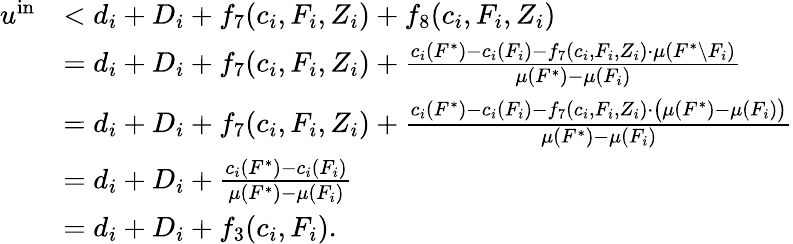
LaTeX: \begin{array}{rl}{u^{\mathrm{in}}}&{<d_{i}+D_{i}+f_{7}(c_{i},F_{i},Z_{i})+f_{8}(c_{i},F_{i},Z_{i})}\\ {}&{=d_{i}+D_{i}+f_{7}(c_{i},F_{i},Z_{i})+\frac{c_{i}(F^{*})-c_{i}(F_{i})-f_{7}(c_{i},F_{i},Z_{i})\cdot\mu(F^{*}\setminus F_{i})}{\mu(F^{*})-\mu(F_{i})}}\\ {}&{=d_{i}+D_{i}+f_{7}(c_{i},F_{i},Z_{i})+\frac{c_{i}(F^{*})-c_{i}(F_{i})-f_{7}(c_{i},F_{i},Z_{i})\cdot\big(\mu(F^{*})-\mu(F_{i})\big)}{\mu(F^{*})-\mu(F_{i})}}\\ {}&{=d_{i}+D_{i}+\frac{c_{i}(F^{*})-c_{i}(F_{i})}{\mu(F^{*})-\mu(F_{i})}}\\ {}&{=d_{i}+D_{i}+f_{3}(c_{i},F_{i}).}\end{array}